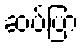
ဆပ်ပြာ